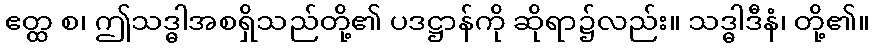
ဧတ္ထ စ၊ ဤသဒ္ဓါအစရှိသည်တို့၏ ပဒဋ္ဌာန်ကို ဆိုရာ၌လည်း။ သဒ္ဓါဒီနံ၊ တို့၏။